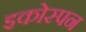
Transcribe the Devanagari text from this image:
इकोस्पन